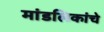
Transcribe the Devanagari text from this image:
मांडलिकांचे